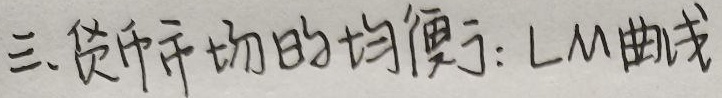
三、货币市场的均衡：LM曲线